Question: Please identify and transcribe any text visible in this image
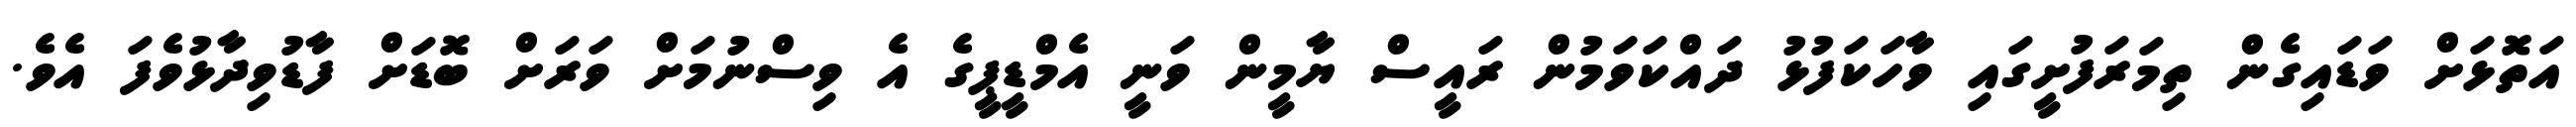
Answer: އަތޮޅަށް ވަޑައިގެން ތިމަރަފުށީގައި ވާހަކަފުޅު ދައްކަވަމުން ރައީސް ޔާމީން ވަނީ އެމްޑީޕީގެ އެ ވިސްނުމަށް ވަރަށް ބޮޑަށް ފާޑުވިދާޅުވެފަ އެވެ.